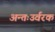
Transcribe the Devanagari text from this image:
अन्तःउर्वरक